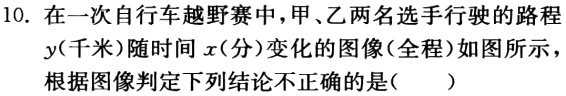
10. 在一次自行车越野赛中，甲、乙两名选手行驶的路程$y$(千米)随时间$x$(分)变化的图像(全程)如图所示

根据图像判定下列结论不正确的是( )